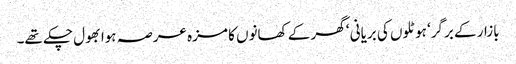
بازار کے برگر‘ ہوٹلوں کی بریانی ‘ گھر کے کھانوں کا مزہ عرصہ ہوا بھول چکے تھے۔